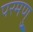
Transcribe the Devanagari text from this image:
परमणु